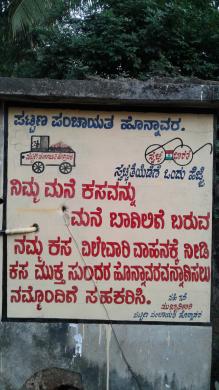
Language: kannada
Transcription: ಸಹಕರಿಸಿ. ನಮ್ಮೊಂದಿಗೆ ಬರುವ ಕಸ ಬಾಗಿಲಿಗೆ ಮನೆ